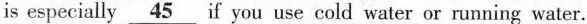
especially \underline{45} if you use cold water or running water.